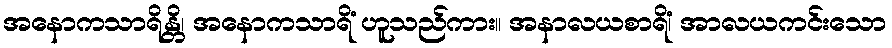
အနောကသာရိန္တိ၊ အနောကသာရိံ ဟူသည်ကား။ အနာလယစာရိံ၊ အာလယကင်းသော